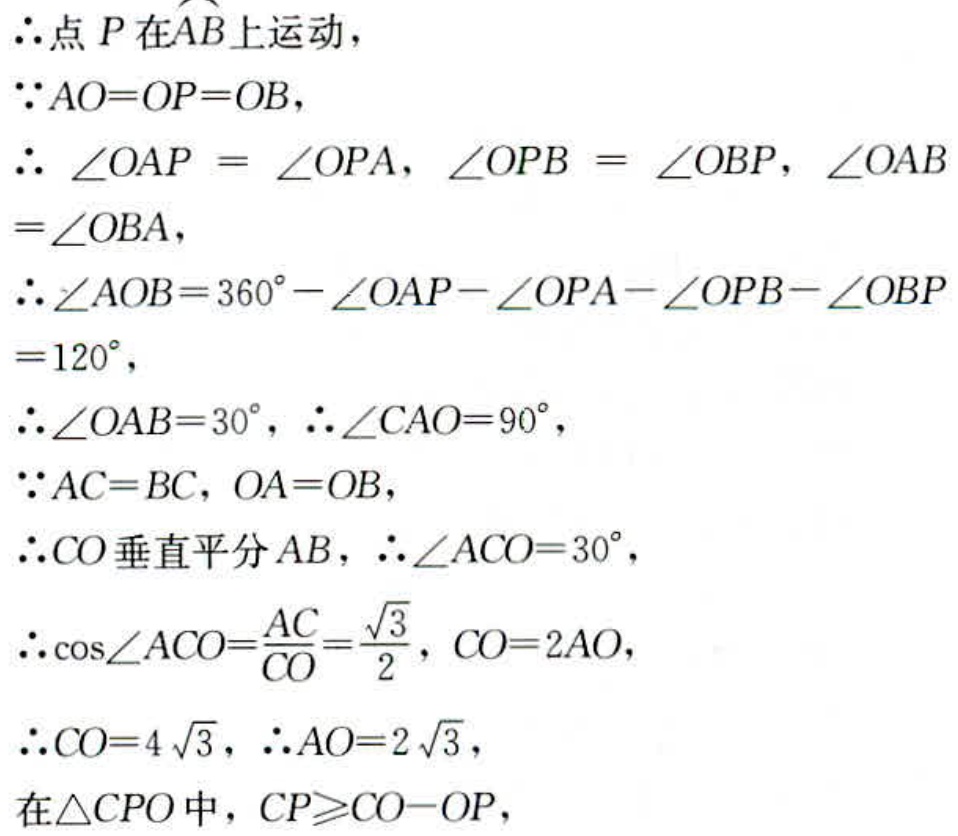
$\therefore 点P在\overset{\frown}{AB}上运动,$
$\because AO = OP = OB,$
$\therefore \angle OAP=\angle OPA,\angle OPB=\angle OBP,\angle OAB=\angle OBA,$
$\therefore \angle AOB = 360^{\circ}-\angle OAP-\angle OPA-\angle OPB-\angle OBP$
$= 120^{\circ},$
$\therefore \angle OAB = 30^{\circ},\therefore \angle CAO = 90^{\circ},$
$\because AC = BC,OA = OB,$
$\therefore CO垂直平分AB,\therefore \angle ACO = 30^{\circ},$
$\therefore \cos\angle ACO=\frac{AC}{CO}=\frac{\sqrt{3}}{2},CO = 2AO,$
$\therefore CO = 4\sqrt{3},\therefore AO = 2\sqrt{3},$
$在\triangle CPO中,CP\geqslant CO - OP,$